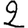
Digit: 2